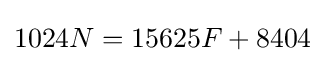
1024N=15625F+8404